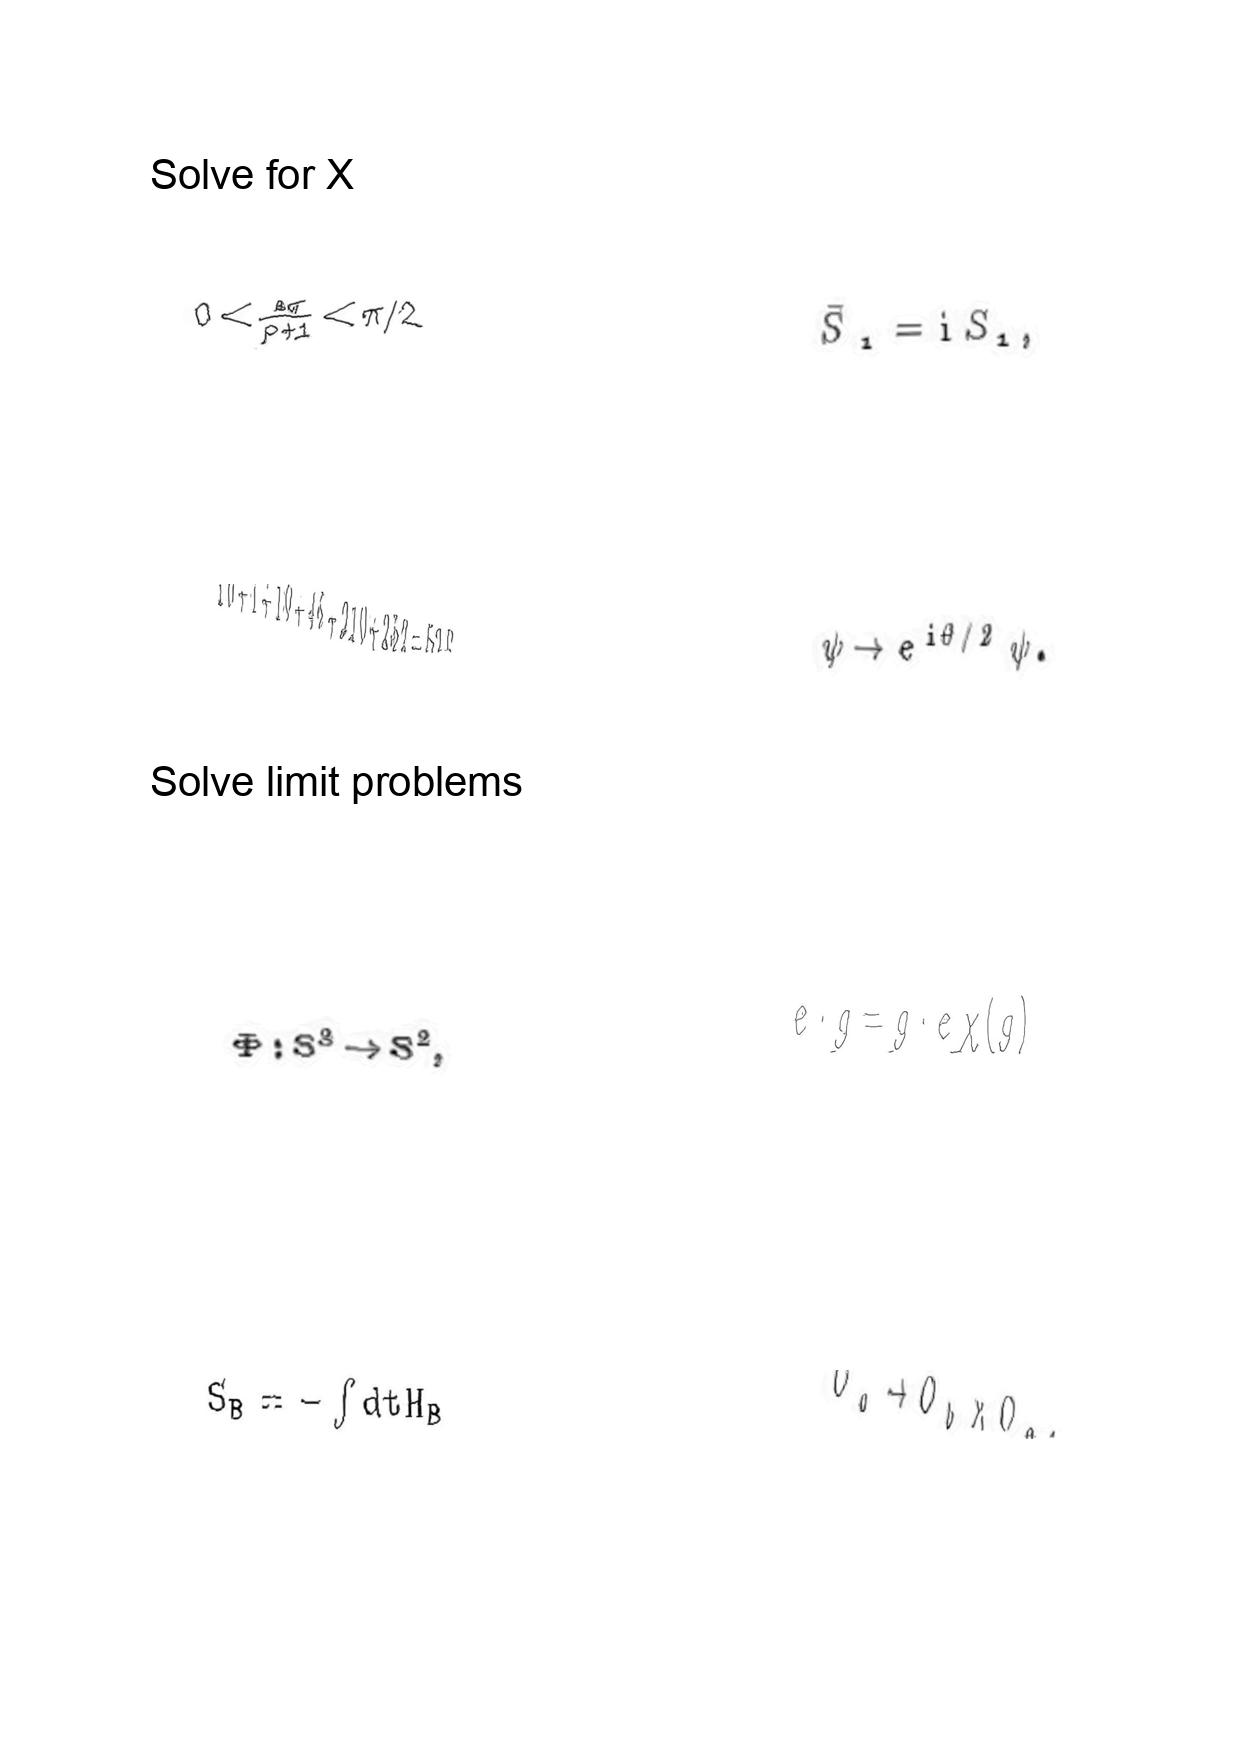
LaTeX transcription:
0 \lt \frac { \nu \pi } { p + 1 } \lt \pi / 2
1 0 + 1 + 1 0 + 4 5 + 2 1 0 + 2 5 2 = 5 2 8 .
\Phi : S ^ { 3 } \rightarrow S ^ { 2 } ,
S _ { B } = - \int d t H _ { B }
\tilde { S } _ { 1 } = \mathrm { i } S _ { 1 } ,
\psi \rightarrow e ^ { i \theta / 2 } \psi .
e \cdot g = g \cdot e \chi \lparen g \rparen
O _ { a } \rightarrow O _ { b } \times O _ { c } .